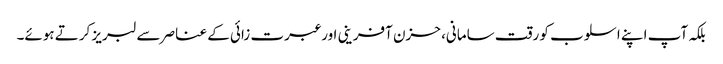
بلکہ آپ اپنے اسلوب کو رقت سامانی، حزن آفرینی اور عبرت زائی کے عناصر سے لبریز کرتے ہوئے۔